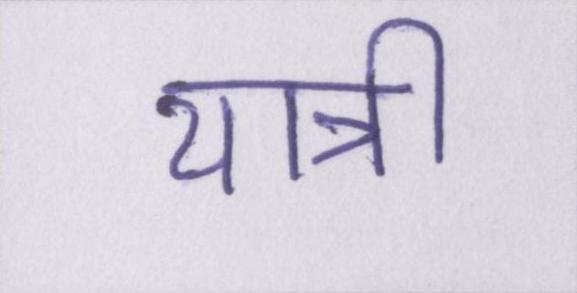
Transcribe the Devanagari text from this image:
यात्री